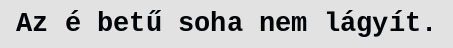
Az é betű soha nem lágyít.